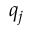
q _ { j }